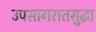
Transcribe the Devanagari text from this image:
उपसागरातसुद्धा